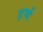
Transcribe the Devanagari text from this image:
हर्ण